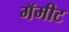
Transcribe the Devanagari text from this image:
गॅमीट